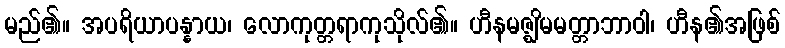
မည်၏။ အပရိယာပန္နာယ၊ လောကုတ္တရာကုသိုလ်၏။ ဟီနမဇ္ဈိမမတ္တာဘာဝါ၊ ဟီန၏အဖြစ်